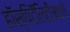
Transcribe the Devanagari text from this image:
हॉस्पिटॅलिटीमध्ये